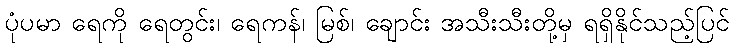
ပုံပမာ ရေကို ရေတွင်း၊ ရေကန်၊ မြစ်၊ ချောင်း အသီးသီးတို့မှ ရရှိနိုင်သည့်ပြင်